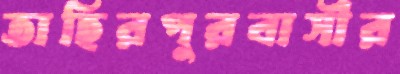
তাহিরপুরবাসীর